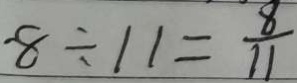
8 \div 1 1 = \frac { 8 } { 1 1 }